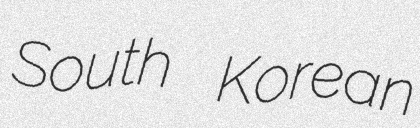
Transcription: South Korean